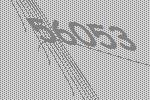
56053